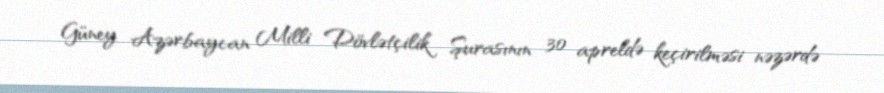
Güney Azərbaycan Milli Dövlətçilik Şurasının 30 apreldə keçirilməsi nəzərdə